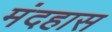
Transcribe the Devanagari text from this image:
मंदहास